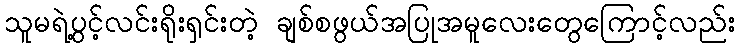
သူမရဲ့ပွင့်လင်းရိုးရှင်းတဲ့ ချစ်စဖွယ်အပြုအမူလေးတွေကြောင့်လည်း